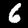
Digit: 6